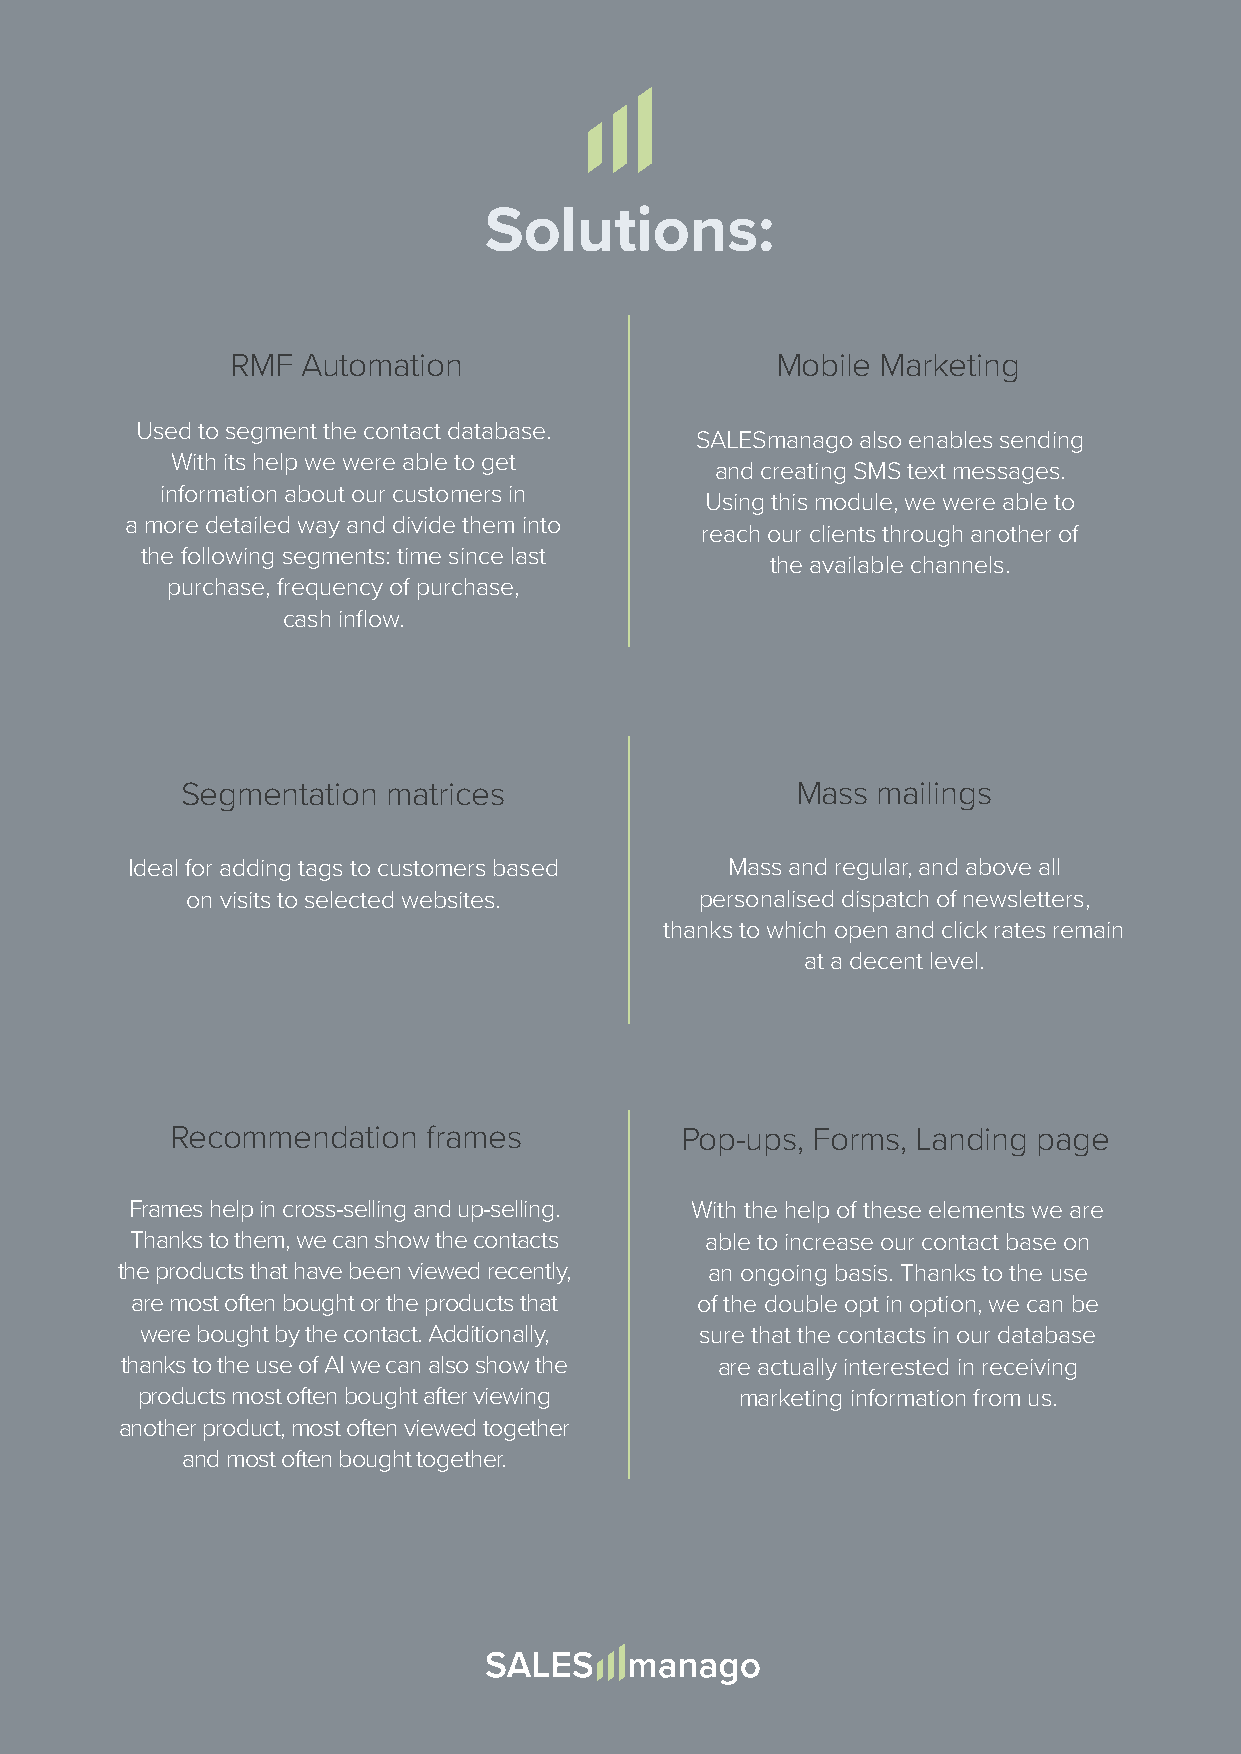
Solutions:
 RMF  Automation                     Mobile Marketing
 Used to segment the contact database.
 SALESmanago also enables sending
 With its help we were able to get
 and creating SMS text messages.
 information about our customers in
 Using this module, we were able to
 a more detailed way and divide them into
 reach our clients through another of
 the following segments: time since last
 the available channels.
 purchase, frequency of purchase,
 cash inflow.
 Segmentation  matrices                   Mass mailings
 Ideal for adding tags to customers based Mass and regular, and above all
 on visits to selected websites.   personalised dispatch of newsletters,
 thanks to which open and click rates remain
 at a decent level.
 Recommendation   frames           Pop-ups, Forms, Landing page
 Frames help in cross-selling and up-selling. With the help of these elements we are
 Thanks to them, we can show the contacts able to increase our contact base on
 the products that have been viewed recently, an ongoing basis. Thanks to the use
 are most often bought or the products that of the double opt in option, we can be
 were bought by the contact. Additionally, sure that the contacts in our database
 thanks to the use of AI we can also show the are actually interested in receiving
 products most often bought after viewing marketing information from us.
 another product, most often viewed together
 and most often bought together.